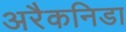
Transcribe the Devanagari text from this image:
अरैकनिडा